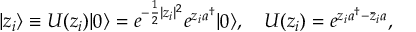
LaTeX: | z _ { i } \rangle \equiv U ( z _ { i } ) | 0 \rangle = e ^ { - \frac 1 2 | z _ { i } | ^ { 2 } } e ^ { z _ { i } a ^ { \dagger } } | 0 \rangle , \quad U ( z _ { i } ) = e ^ { z _ { i } a ^ { \dagger } - \bar { z } _ { i } a } ,